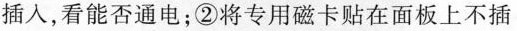
插入，看能否通电；②将专用磁卡贴在面板上不插